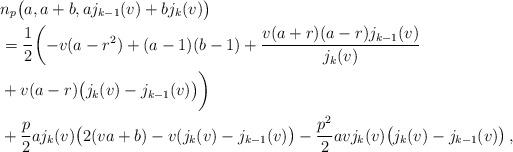
LaTeX: \begin{align*}&n_p\bigl(a,a+b,a j_{k-1}(v)+b j_k(v)\bigr)\\&=\frac{1}{2}\biggl(-v(a-r^2)+(a-1)(b-1)+\frac{v(a+r)(a-r)j_{k-1}(v)}{j_k(v)}\\&+v(a-r)\bigl(j_k(v)-j_{k-1}(v)\bigr)\biggr)\\&+\frac{p}{2}a j_k(v)\bigl(2(v a+b)-v(j_k(v)-j_{k-1}(v)\bigr)-\frac{p^2}{2}a v j_k(v)\bigl(j_k(v)-j_{k-1}(v)\bigr)\,, \end{align*}